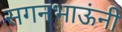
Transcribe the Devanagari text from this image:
सगनभाऊंनी